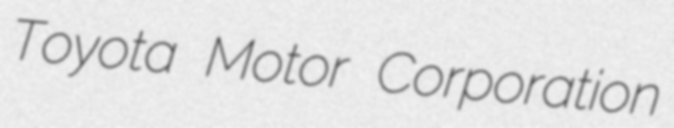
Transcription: Toyota Motor Corporation